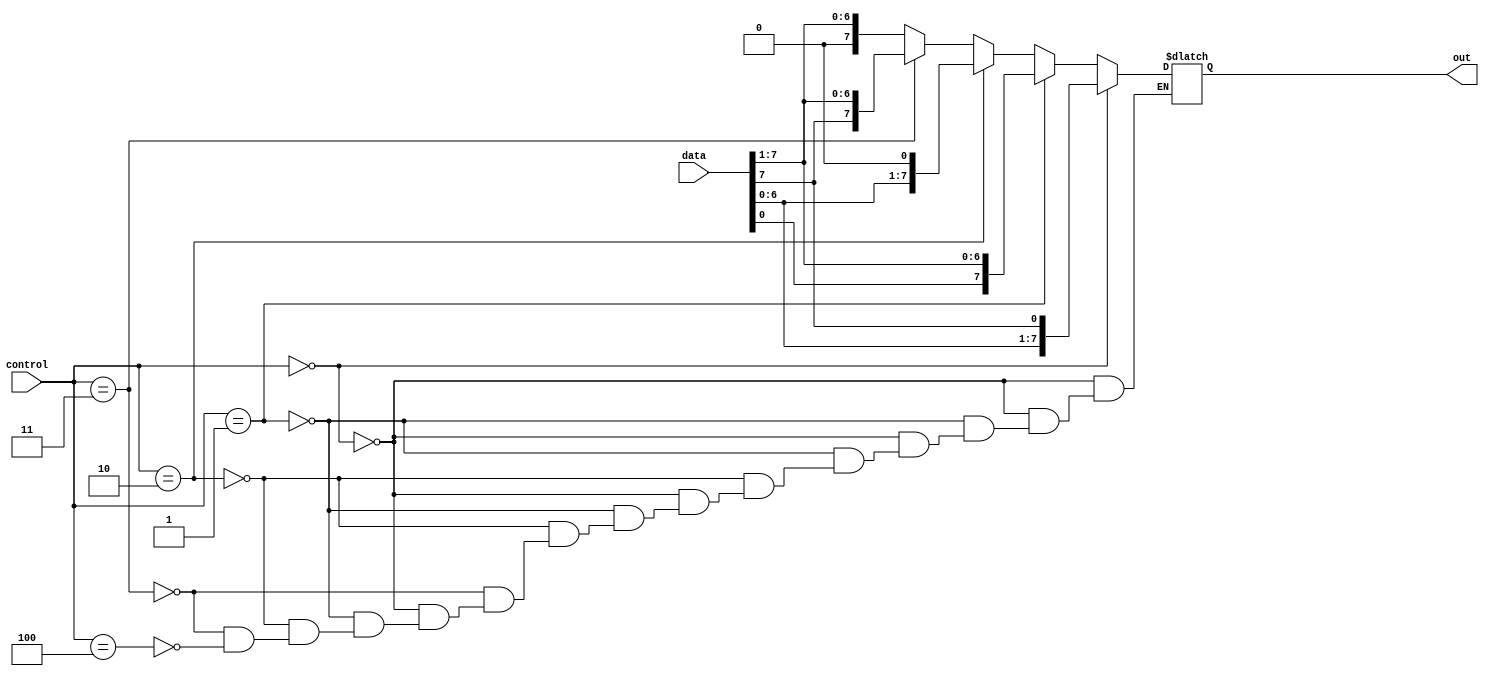
module SHIFT (data, control,out);
	input [2:0]control;
	input signed [7:0]data;
	output [7:0]out;
	reg [7:0]out;

always @(*)
	begin
		if(control[2:0]==3'b000)
		out = {data[6:0],data[7]} ;	

		else if(control[2:0]==3'b001)
		out = {data[0],data[7:1]} ;	
		
		else if(control[2:0]==3'b010)
		out = data << 1 ;	
		
		else if(control[2:0]==3'b011)
		out = data >>> 1 ;	
			
		else if (control[2:0]==3'b100)
		out = data >> 1;
	end
endmodule